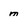
Character: m